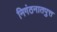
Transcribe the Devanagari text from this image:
निगंठनातपुत्त